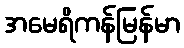
အမေရိကန်မြန်မာ